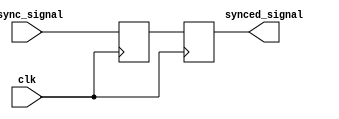
module sync_block (
    input wire async_signal,
    input wire clk,
    output reg synced_signal
);

reg flop1;
reg flop2;

always @(posedge clk) begin
    flop1 <= async_signal;
end

always @(posedge clk) begin
    flop2 <= flop1;
end

assign synced_signal = flop2;

endmodule